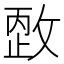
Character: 𰕏